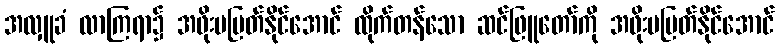
အလှူခံ လာကြရာ၌ အဖိုးမပြတ်နိုင်အောင် ထိုက်တန်သော ဆင်ဖြူတော်ကို အဖိုးမပြတ်နိုင်အောင်